Rules regarding the measures to be adopted on the outbreak of cholera or appearance of small-pox
Disease focus: Cholera
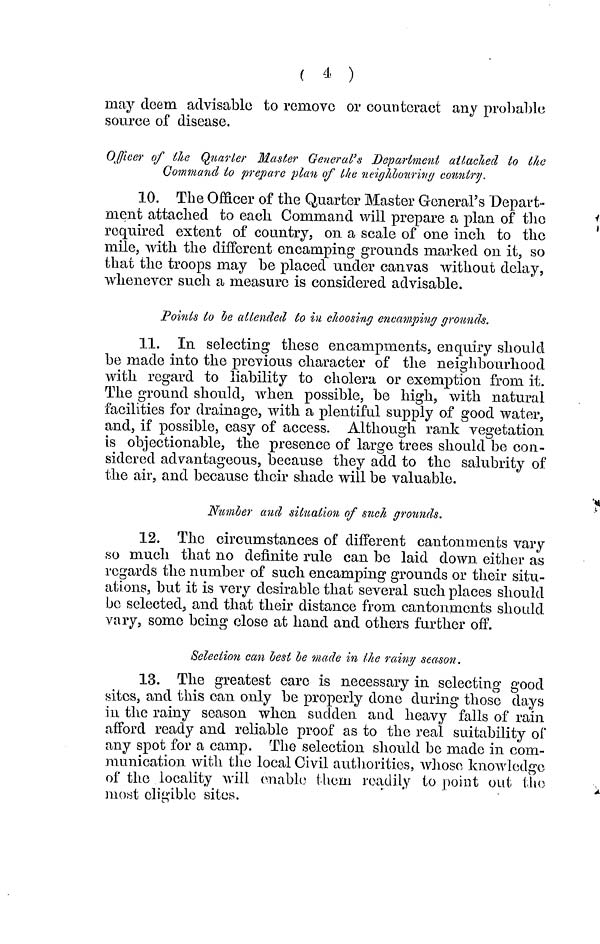
( 4 )
may dcem advisable to remove or counteract any probable
source of disease.
Officer of the Barter Master General's Department attached to the
Command to prepare plan of the neighbouring country.
10. The Officer of the Quarter Master General's "Depart-
ment attached to each Command will prepare a plan of the
required extent of country, on a scale of one inch to the
mile, with the different encamping grounds marked on it, so
that the troops may be placed under canvas without delay,
whenever such a measure is considered advisable.
Points to le attended to in choosing encamping grounds.
11. In selecting these encampments, enquiry should
be made into the previous character of the neighbourhood
with regard to liability to cholera or exemption from it.
The ground should, when possible, be high, with natural
facilities for drainage, with a plentiful supply of good water,
and, if possible, easy of access. Although rank vegetation
is objectionable, the presence of large trees should be con-
sidered advantageous, because they add to the salubrity of
the air, and because their shade will be valuable.
Number and situation of such grounds.
12. The circumstances of different cantonments vary
so much that no definite rule can be laid down either as
regards the number of such encamping grounds or their situ-
ations, but it is very desirable that several such places should
bo selected, and that their distance from cantonments should
vary, some being close at hand and others further off.
Selection can best le made in the rainy season.
13. The greatest care is necessary in selecting good
sites, and this can only be properly done during those days
in the rainy season when sudden and heavy falls of rain
afford ready and reliable proof as to the real suitability of
any spot for a camp. The selection should be made in com-
munication with the local Civil authorities, whose knowledge
of the locality will enable them readily to point out the
most eligible sites.